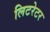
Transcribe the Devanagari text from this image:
लिटरेटर